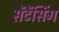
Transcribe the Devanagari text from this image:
सेंटेंसिंग